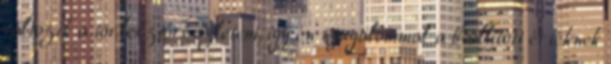
változik a törlesztőrészletem, így én nyugalommal a beállított értéknek